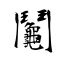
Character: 鬮